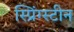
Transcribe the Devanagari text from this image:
स्प्रिंग्स्टीन